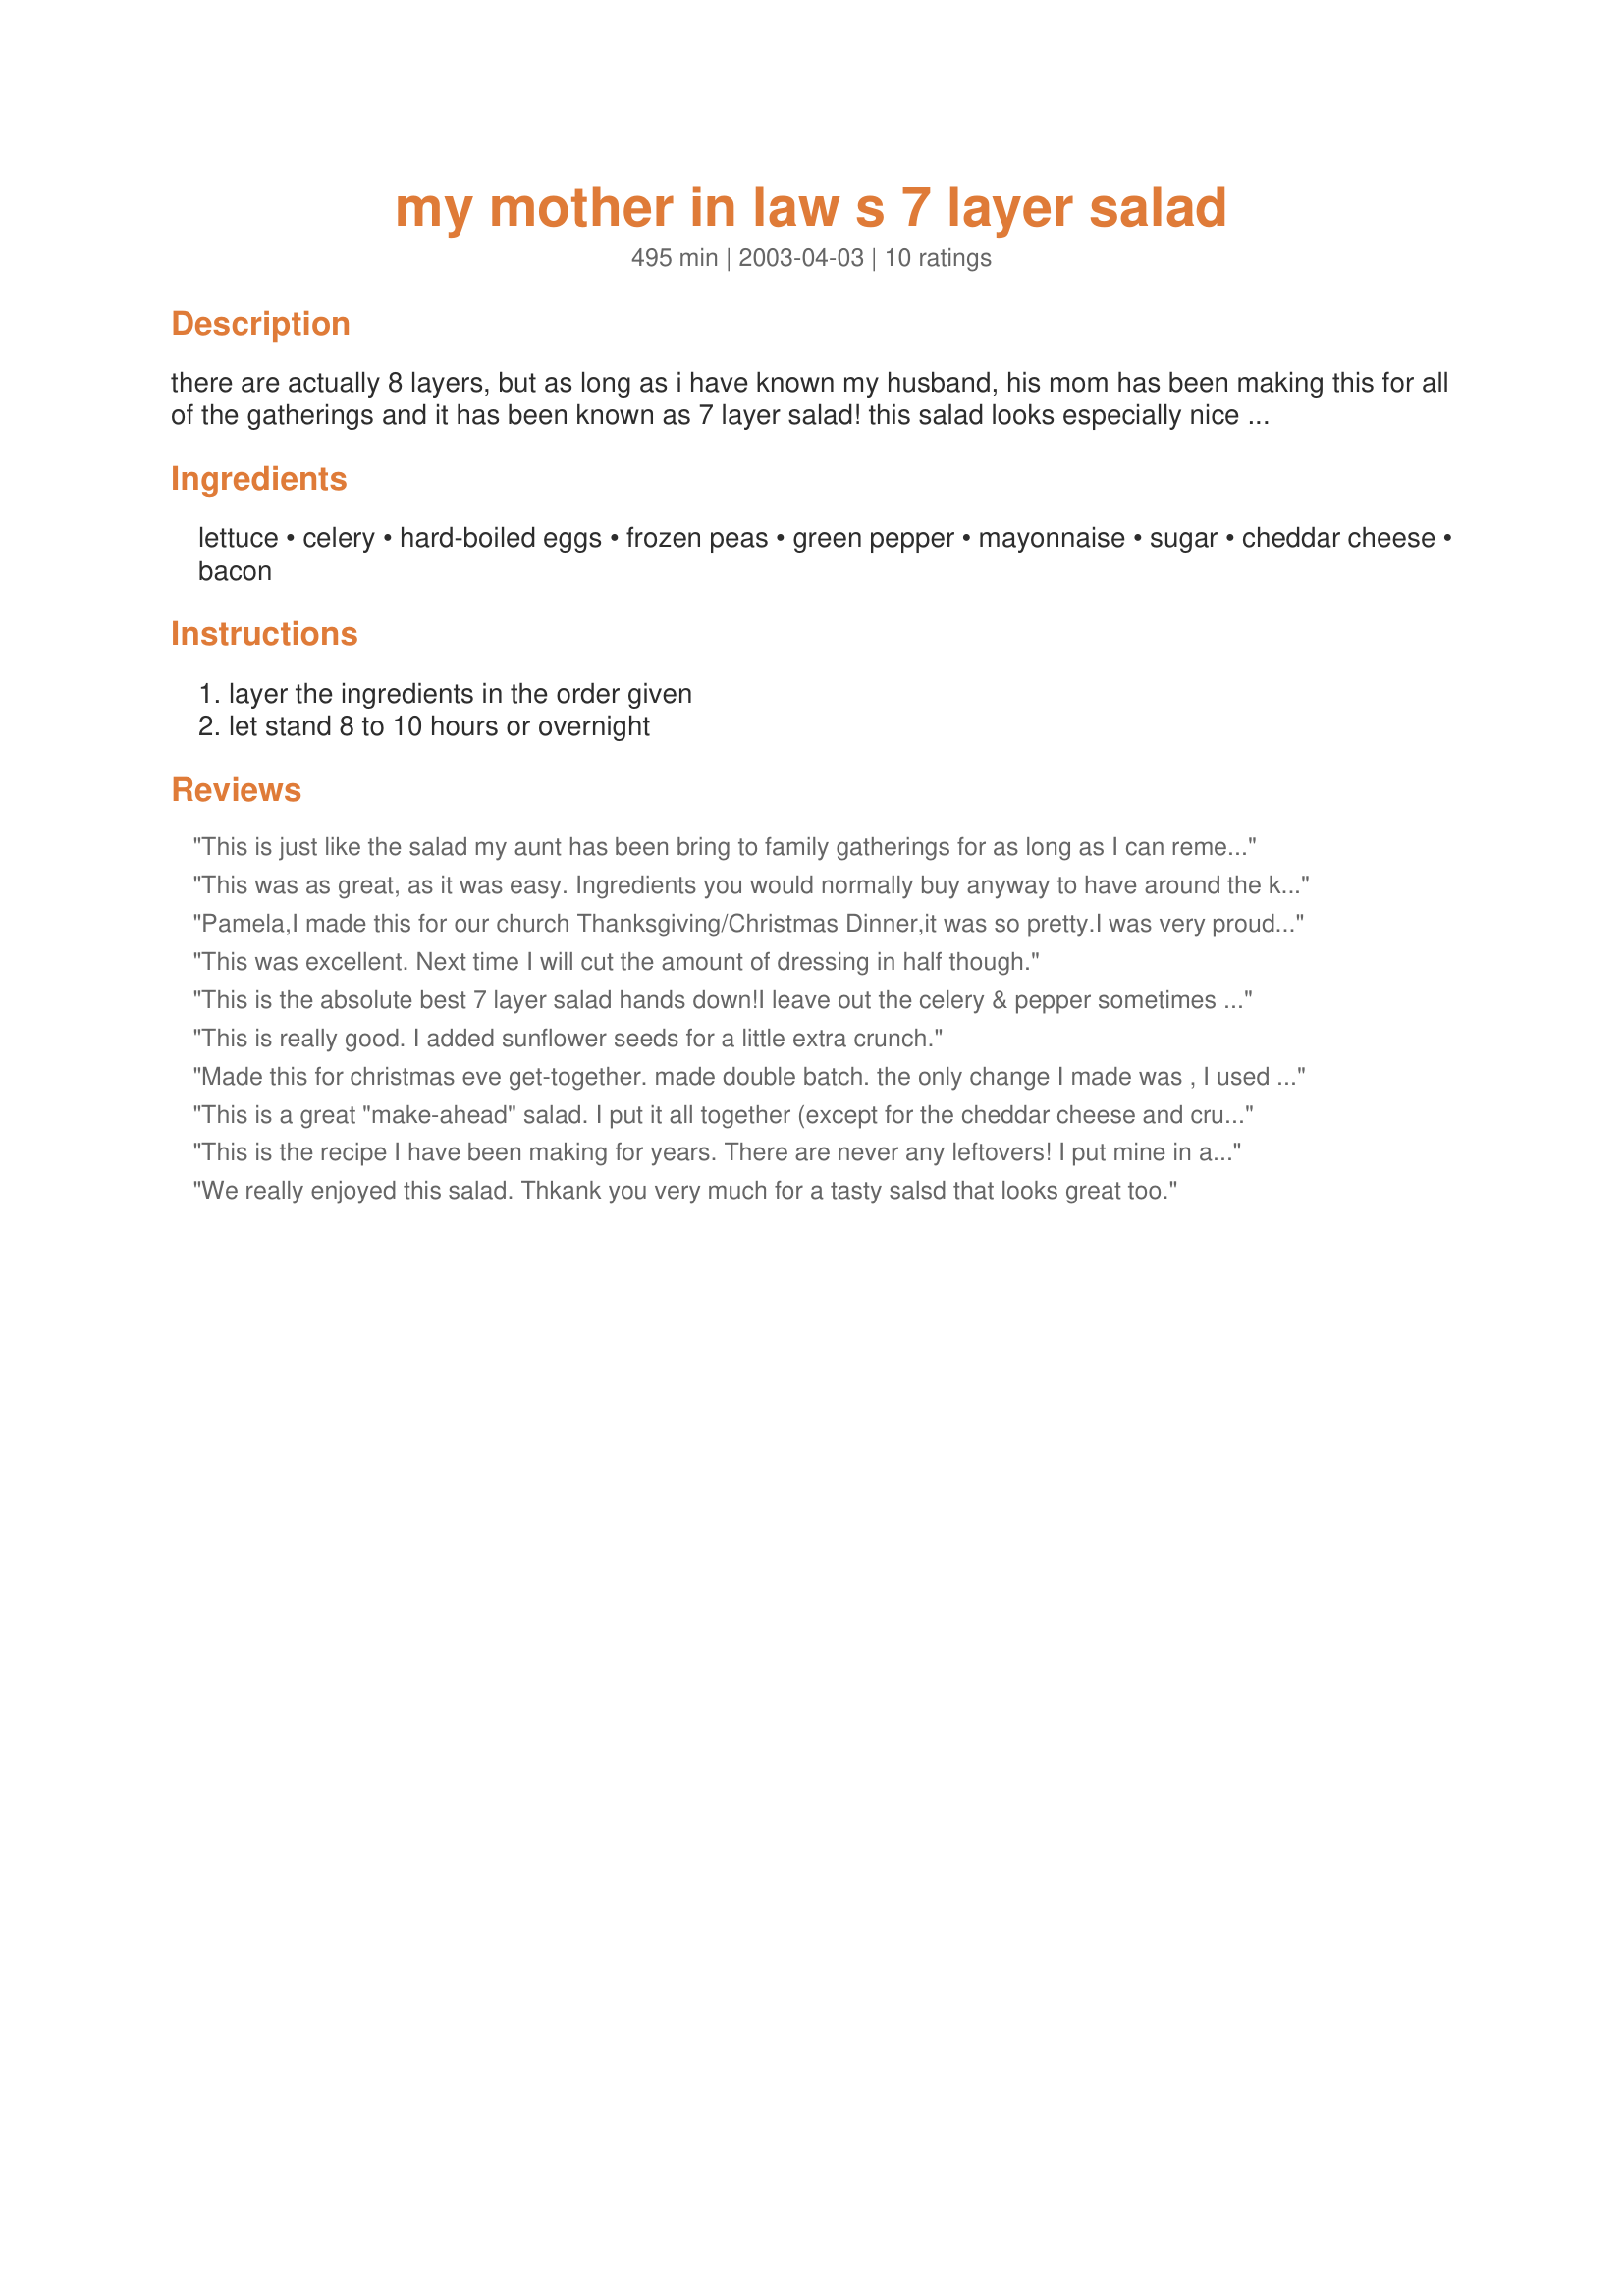
my mother in law s 7 layer salad
Preparation time: 495 minutes

there are actually 8 layers, but as long as i have known my husband, his mom has been making this for all of the gatherings and it has been known as 7 layer salad! this salad looks especially nice in a glass bowl to display the layers.

Ingredients:
lettuce, celery, hard-boiled eggs, frozen peas, green pepper, mayonnaise, sugar, cheddar cheese, bacon

Steps:
layer the ingredients in the order given, let stand 8 to 10 hours or overnight

Reviews:
This is just like the salad my aunt has been bring to family gatherings for as long as I can remember, except that she slices the celery and green pepper instead of chopping them. She also doesn't use any hard-boiled eggs, instead adding a Spanish onion sliced into thin rings, and uses slightly less cheese and one more piece of bacon. She layers this in a 9x12-inch pyrex pan and it's always gobbled up by the family!
This was as great, as it was easy. Ingredients you would normally buy anyway to have around the kitchen. All the families I talked to, have copied your Mother-in-laws' recipe. This is a definite keeper. Add or exchange some ingredients; still turns out perfect. Just the right amount of mayo to keep the salad moist, yet not soggy.
Pamela,I made this for our church Thanksgiving/Christmas Dinner,it was so pretty.I was very proud to say I made it when asked who had made it.Every bit of it was eaten. Thanks for this great recipe.Darlene
This was excellent. Next time I will cut the amount of dressing in half though.
This is the absolute best 7 layer salad hands down!<br/>I leave out the celery & pepper sometimes (picky eaters don't like raw veggies that crunch).<br/>This is a great recipe & you can easily add your own spin on it.
This is really good. I added sunflower seeds for a little extra crunch.
Made this for christmas eve get-together. made double batch. the only change I made was , I used splenda instead of sugar for dressing and prepackaged bacon pieces. the pan was scraped clean. this is a keeper. will be making again and again.
This is a great "make-ahead" salad. I put it all together (except for the cheddar cheese and crumbled bacon) and refrigerated about 8 hours. Just before serving, I sprinkled the top with the grated cheddar cheese and crumbled bacon. It was a hit with everyone. Thank you so much Pamela for sharing this. :-)

This is the recipe I have been making for years. There are never any leftovers! I put mine in a Pyrex 9x13 dish because everyone loves the dressing so much. Everyone is always amazed when they find out it is just mayo and sugar! I am always asked to bring 2 of these to family dinners!
We really enjoyed this salad. Thkank you very much for a tasty salsd that looks great too.
